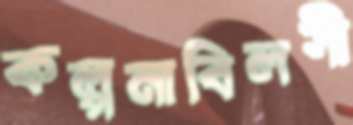
কল্পনাবিলসী